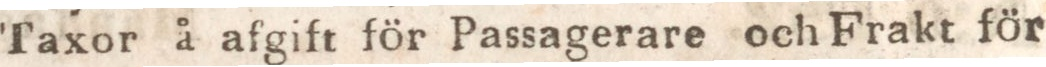
Taxor å afgift för Passagerare och Frakt för